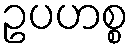
ဥပဟစ္စ